Document type: Sale
Year: 1423
Scribe: Joan Franc
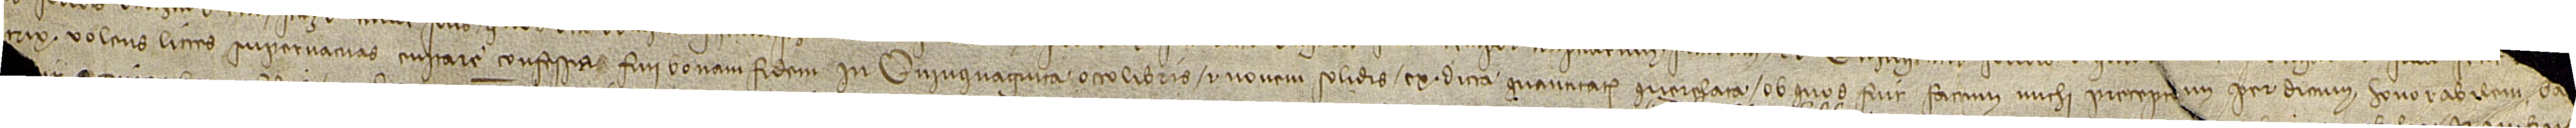
[...] [dicta tu]trix volens littes supervacuas evitare, confessa fui bonam fidem in quinquaginta octo libris et novem solidis ex dicta quantitate querelata, ob quos fuit factum michi precept[u]m per dictum honorabilem ba[iulum Barchinone] [...]